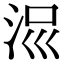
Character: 𣳧